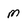
Character: M